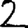
Digit: 2